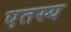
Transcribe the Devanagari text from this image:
एतस्य